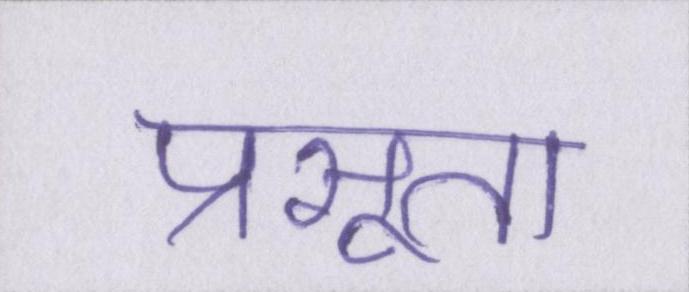
प्रसूता